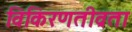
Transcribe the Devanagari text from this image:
विकिरणतीव्रता